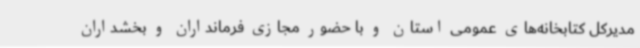
مدیرکل کتابخانه‌های عمومی استان و با حضور مجازی فرمانداران و بخشداران